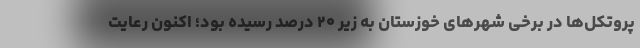
پروتکل‌ها در برخی شهرهای خوزستان به زیر ۲۰ درصد رسیده بود؛ اکنون رعایت